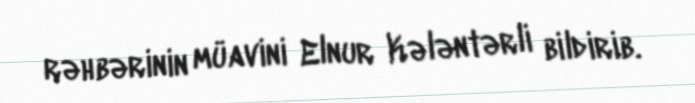
rəhbərinin müavini Elnur Kələntərli bildirib.